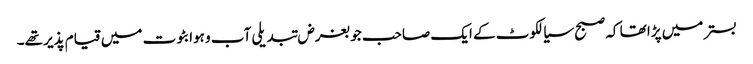
بستر میں پڑا تھا کہ صبح سیالکوٹ کے ایک صاحب جو بغرض تبدیلی آب و ہوا بٹوت میں قیام پذیر تھے۔